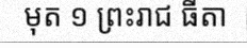
មុត ១ ព្រះរាជ ធីតា